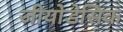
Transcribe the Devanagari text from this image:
जीयोडेसिक